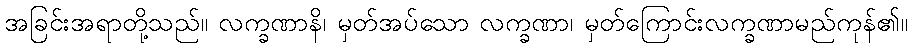
အခြင်းအရာတို့သည်။ လက္ခဏာနိ၊ မှတ်အပ်သော လက္ခဏာ၊ မှတ်ကြောင်းလက္ခဏာမည်ကုန်၏။